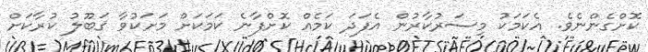
ކޮށްގެންނެވެ. އެކަމަކު މިސަރުކާރުން އެފަދަ ކަމެއް ކޮށްފާނެ ކަމަކަށް މަށަކުވާ ޤަބޫލު ކުރާކަށް